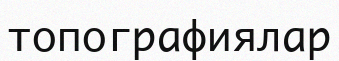
топографиялар